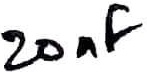
Text: 20nF